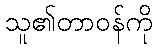
သူ၏တာဝန်ကို